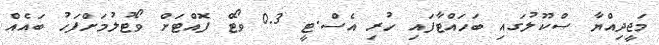
މަޖީދިއްޔާ ސްކޫލުގައި ބަހައްޓާފައި ހުރި އެސް.ޓީ 0.3 ވޯޓް ފޮއްޓަށް ވޯޓުލުމަށްފަހު ބައެއް